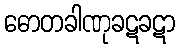
ဓောတခါဏုခဋခဋာ